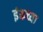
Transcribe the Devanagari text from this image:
इंकच्या